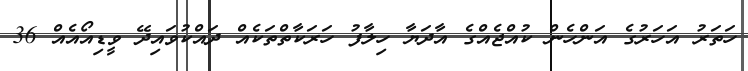
ހަތަރު އަހަރުގެ އަންހެން ކުއްޖެއްގެ އާދަޔާ ހިލާފު ހަރަކާތްތަކެއް ދައްކުވައިދޭ ވީޑިއޯއެއް 36